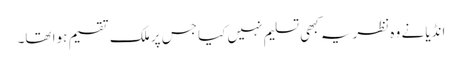
انڈیا نے وہ نظریہ کبھی تسلیم نہیں کیا جس پر ملک تقسیم ہوا تھا۔